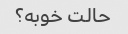
حالت خوبه؟